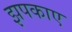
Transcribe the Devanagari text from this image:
झपकाए